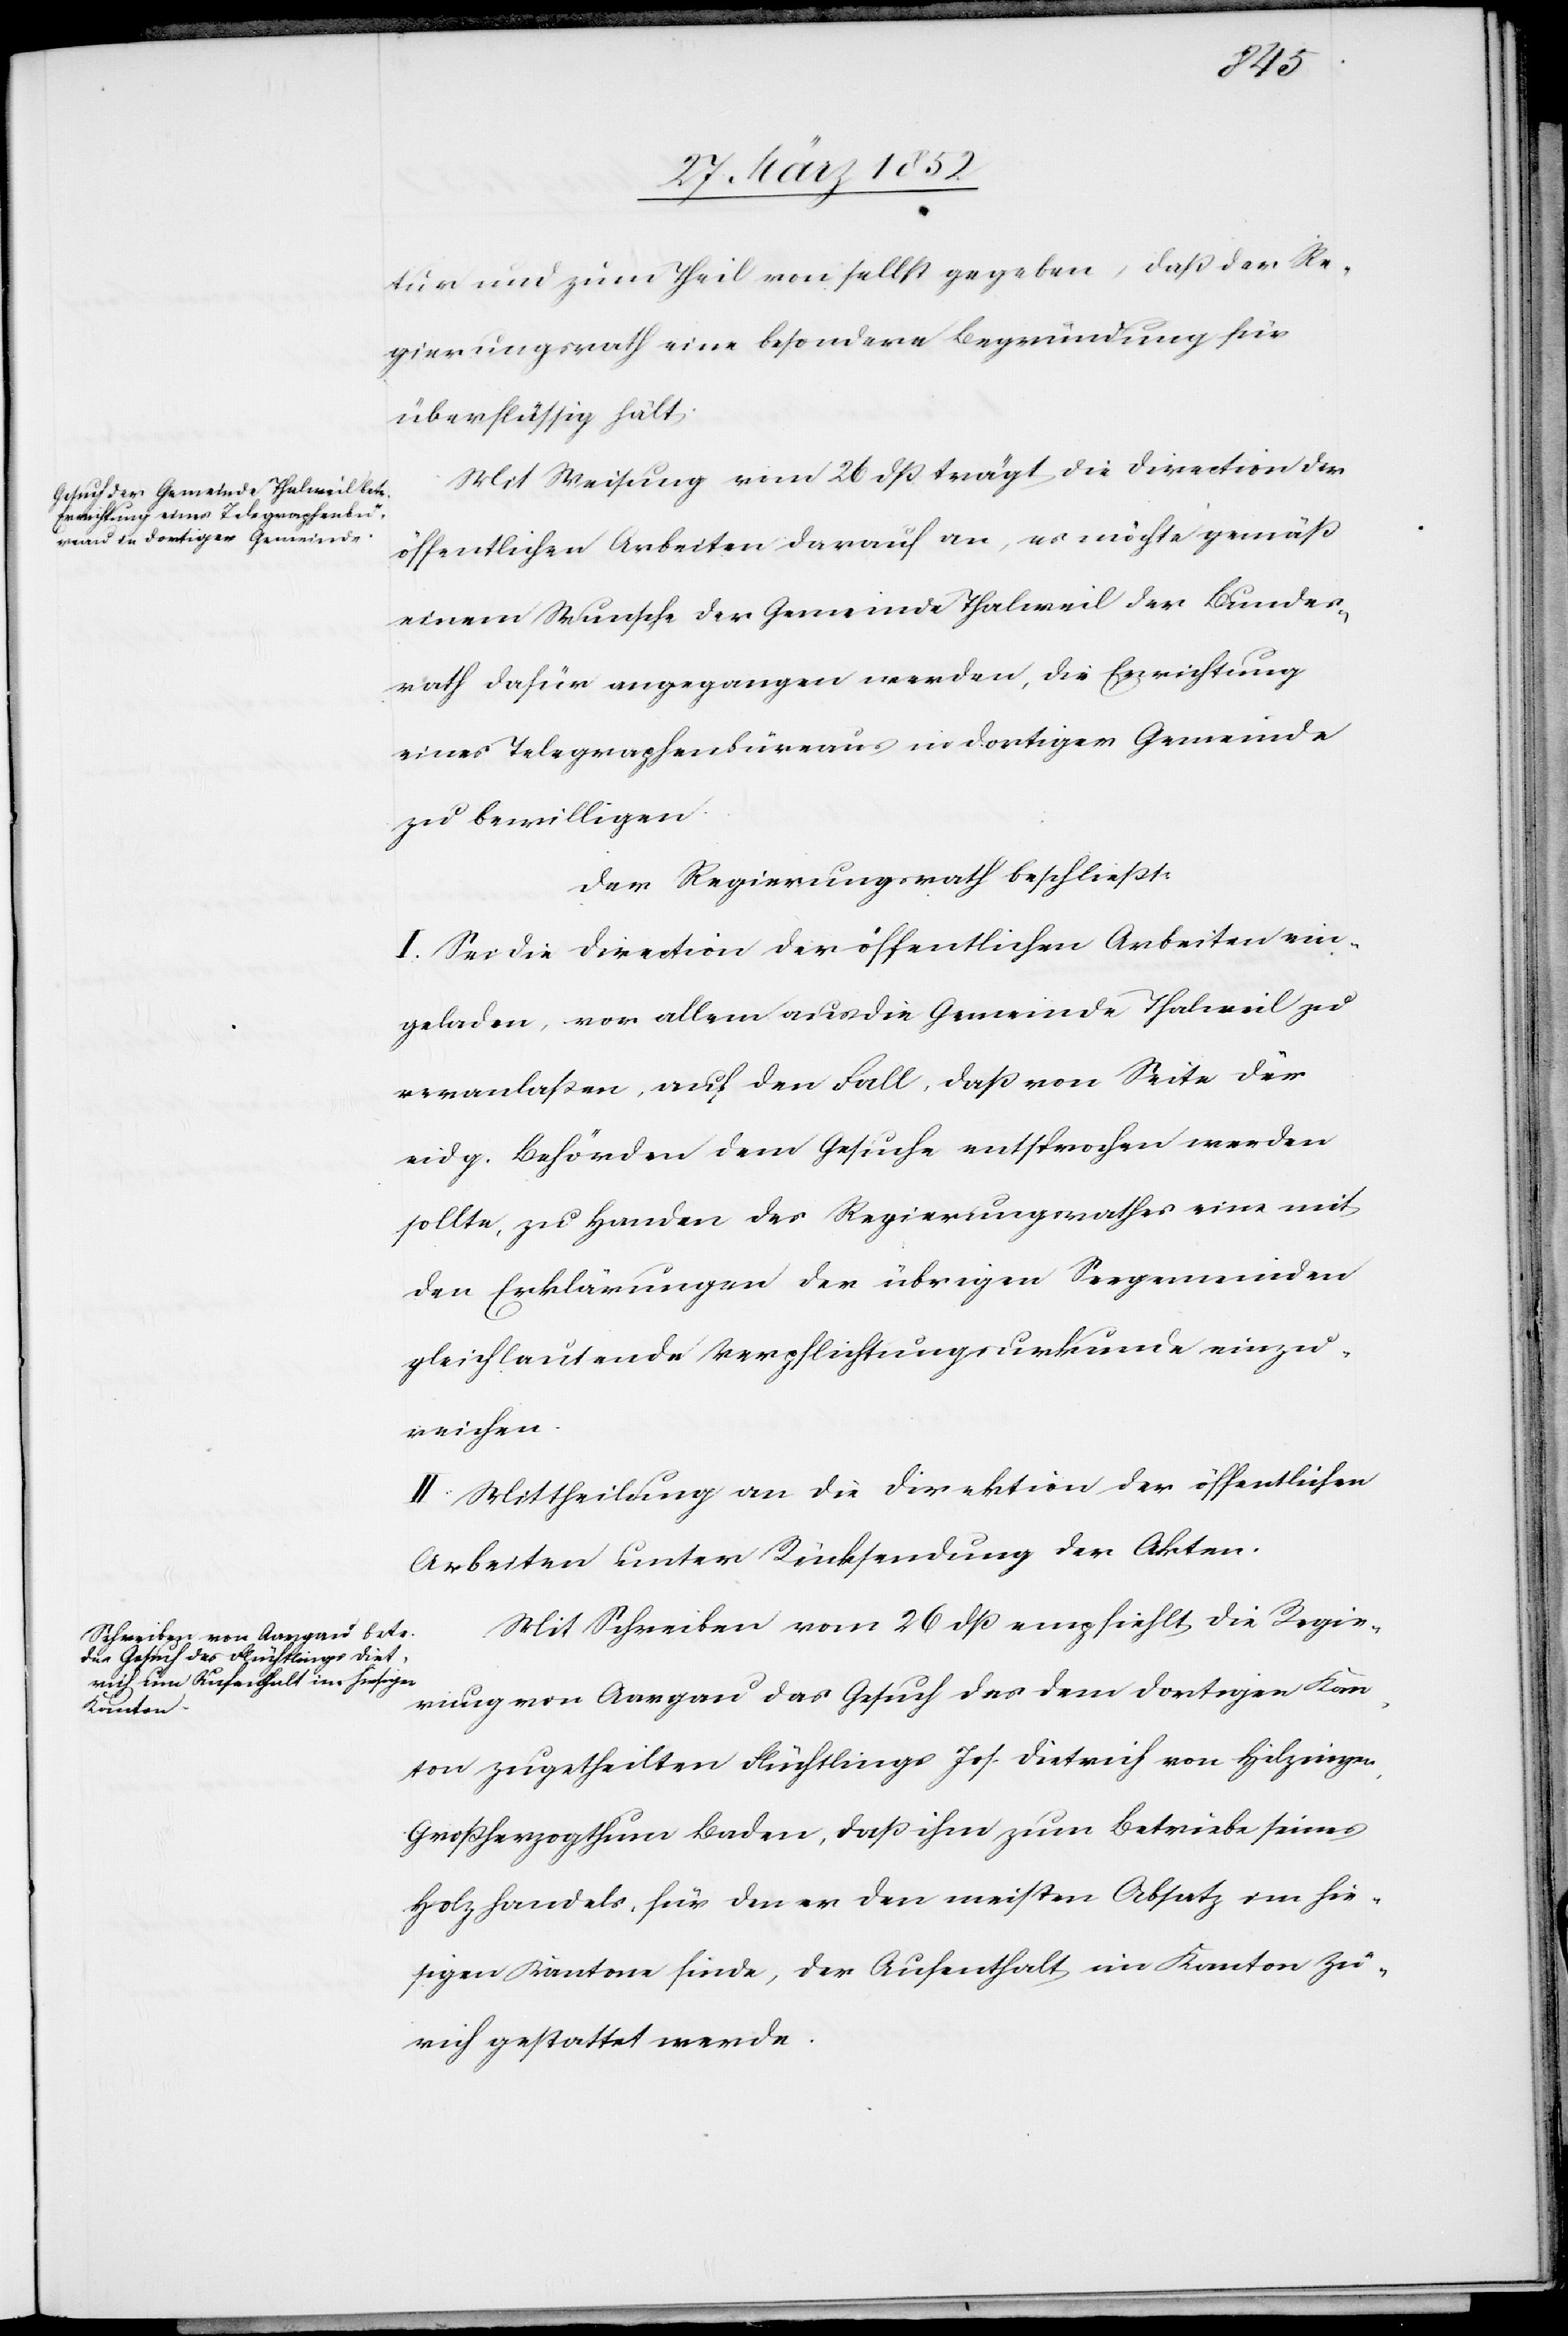
tur und zum Theil von selbst gegeben, daß der Re¬
gierungsrath eine besondere Begründung für
überflüssig hält.
Mit Weisung vom 26 dß trägt die Direction der
öffentlichen Arbeiten darauf an, es möchte gemäß
einem Wunsche der Gemeinde Thalweil der Bundes¬
rath dafür angegangen werden, die Errichtung
eines Telegraphenbüreaus in dortiger Gemeinde
zu bewilligen.
Der Regierungsrath beschließt:
I. Sei die Direction der öffentlichen Arbeiten ein¬
geladen, vor allem aus die Gemeinde Thalweil zu
veranlaßen, auf den Fall, daß von Seite der
eidg. Behörden dem Gesuche entsprechen werden
sollte, zu Handen des Regierungsrathes eine mit
den Erklärungen der übrigen Seegemeinden
gleichlautende Verpflichtungsurkunde einzu¬
reichen.
II. Mittheilung an die Direktion der öffentlichen
Arbeiten unter Rücksendung der Akten.
Mit Schreiben vom 26 dß empfiehlt die Regie¬
rung von Aargau das Gesuch des dem dortigen Kan¬
ton zugetheilten Flüchtlings Jos. Dietrich von Hilzingen,
Großherzogthum Baden, daß ihm zum Betriebe seines
Holzhandels, für den er den meisten Absatz im hie¬
sigen Kantone finde, der Aufenthalt im Kanton Zü¬
rich gestattet werde.